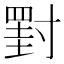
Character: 𡭀